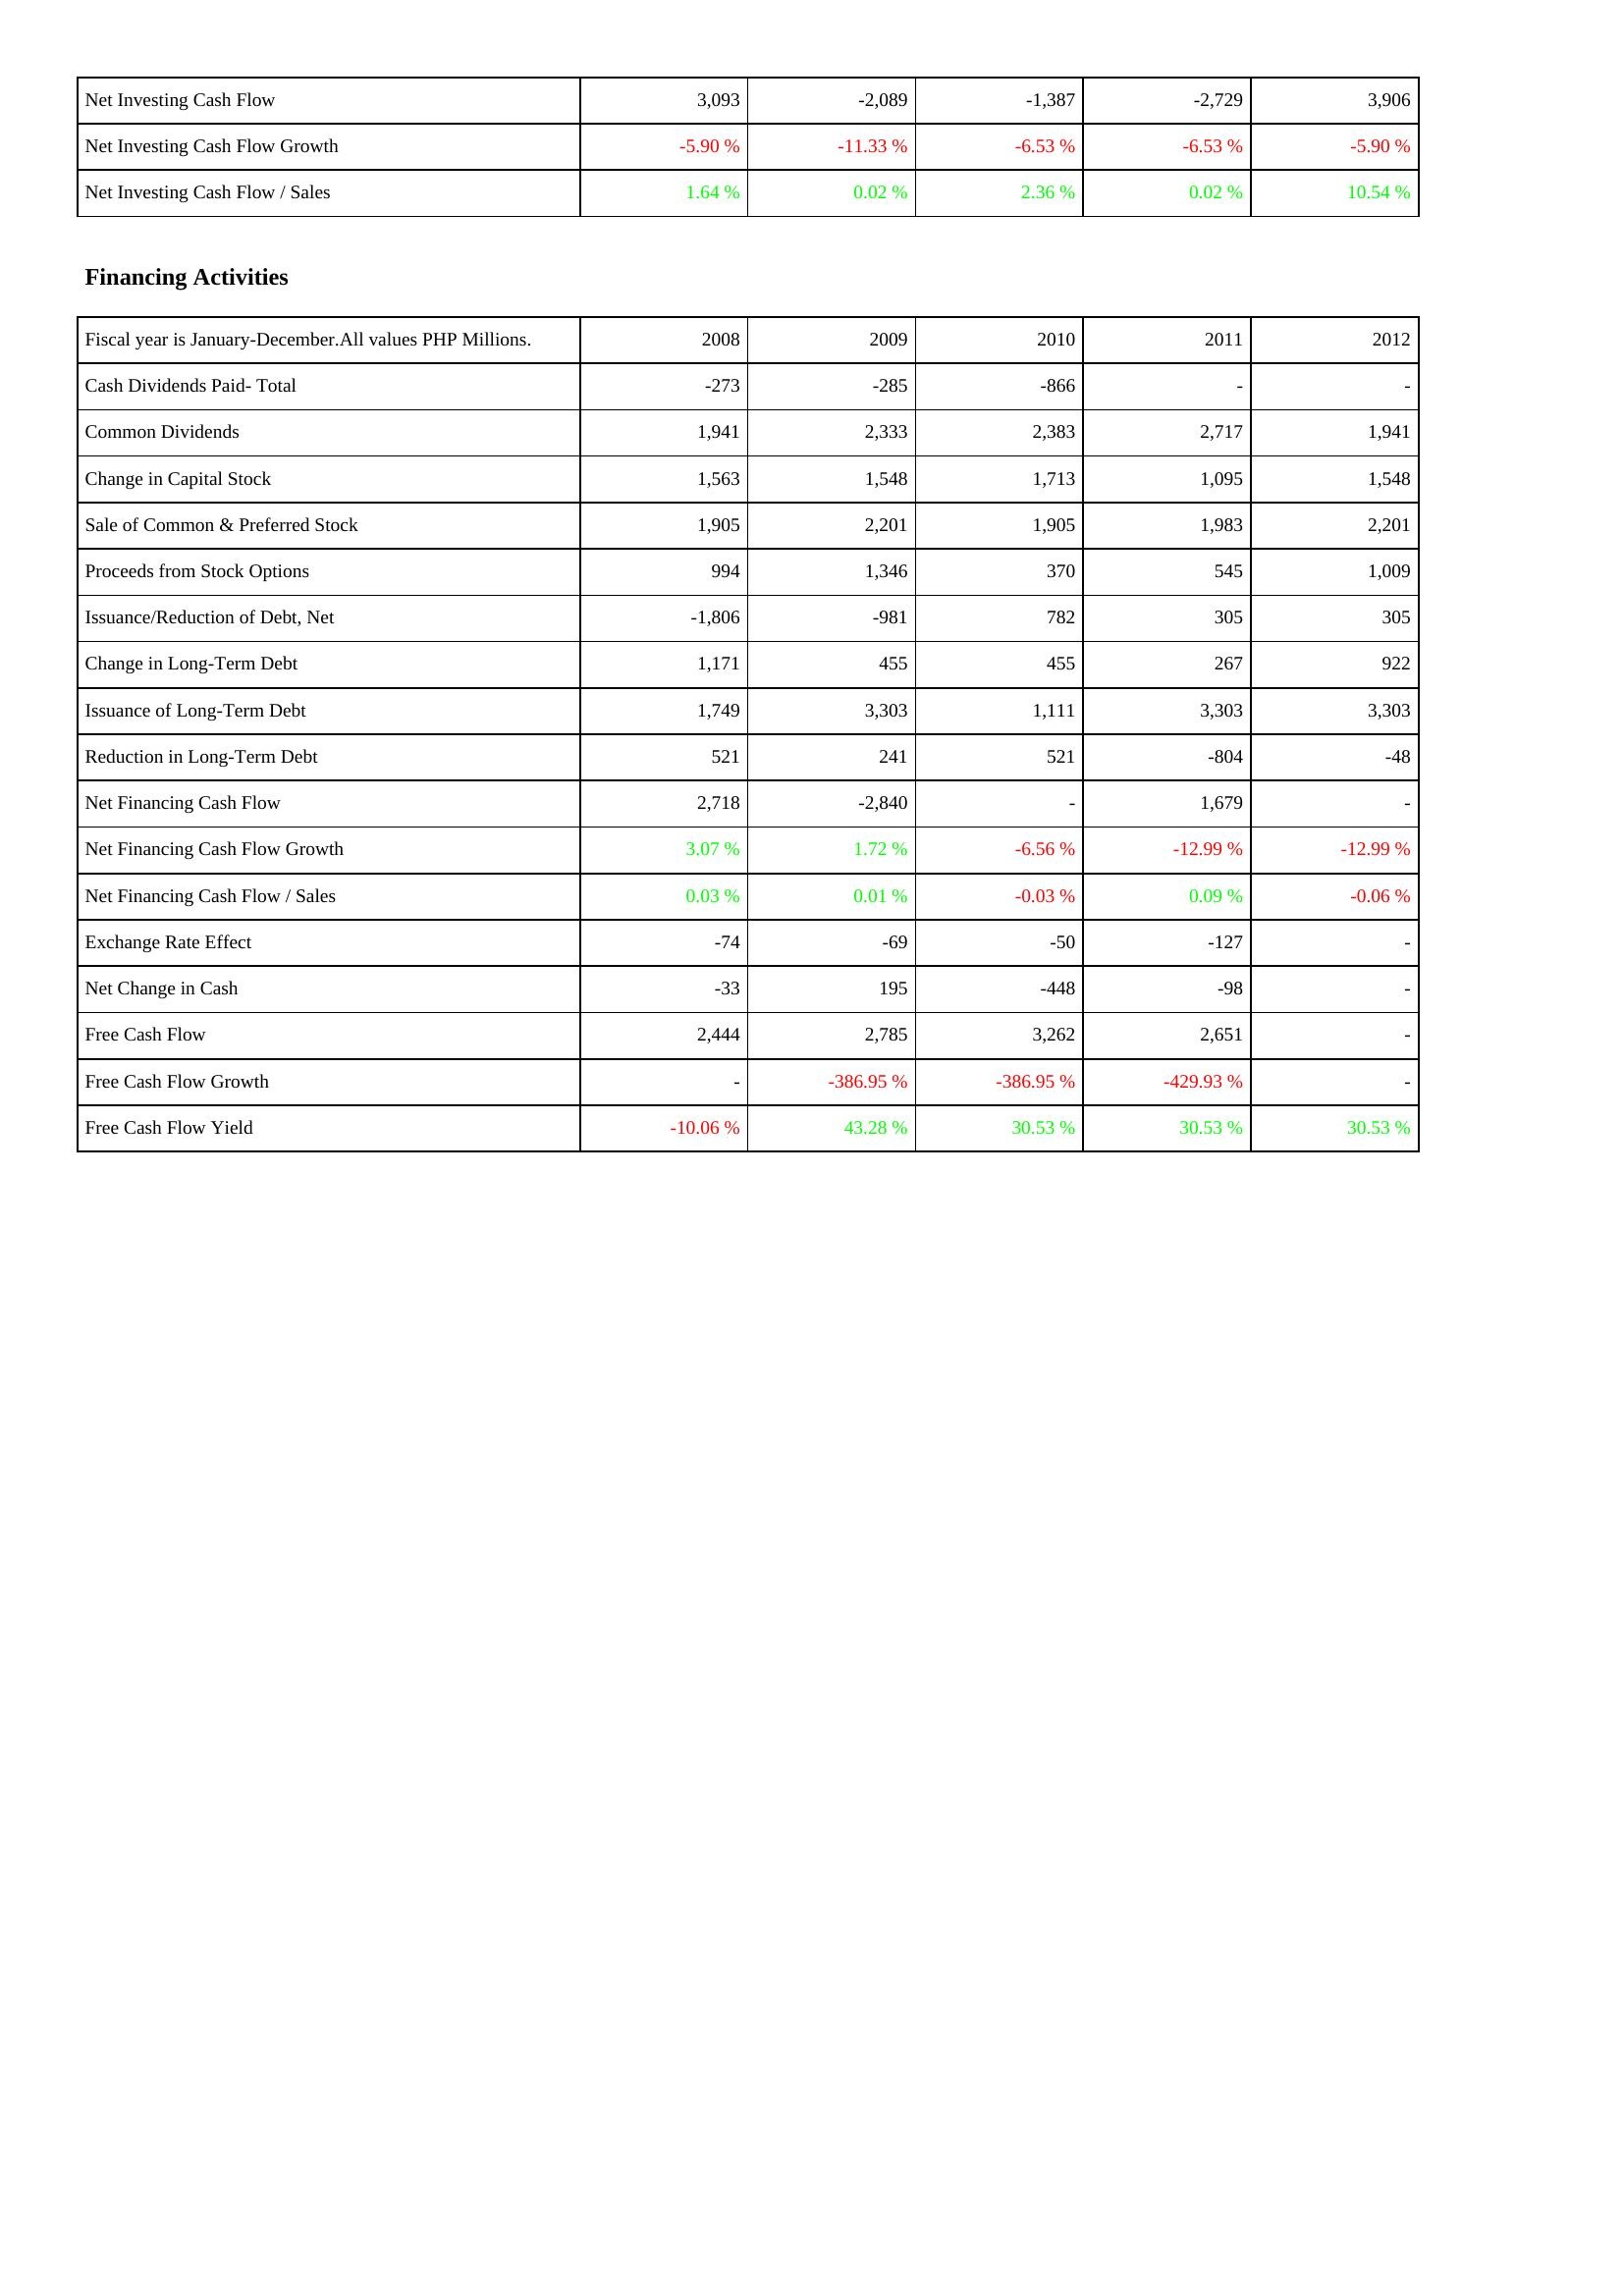
2008: Investing Activities: Net Investing Cash Flow: 3,093
Net Investing Cash Flow Growth: -5.90 %
Net Investing Cash Flow / Sales: 1.64 %
Financing Activities: Cash Dividends Paid- Total: -273
Common Dividends: 1,941
Change in Capital Stock: 1,563
Sale of Common & Preferred Stock: 1,905
Proceeds from Stock Options: 994
Issuance/Reduction of Debt, Net: -1,806
Change in Long-Term Debt: 1,171
Issuance of Long-Term Debt: 1,749
Reduction in Long-Term Debt: 521
Net Financing Cash Flow: 2,718
Net Financing Cash Flow Growth: 3.07 %
Net Financing Cash Flow / Sales: 0.03 %
Exchange Rate Effect: -74
Net Change in Cash: -33
Free Cash Flow: 2,444
Free Cash Flow Growth: -
Free Cash Flow Yield: -10.06 %
2009: Investing Activities: Net Investing Cash Flow: -2,089
Net Investing Cash Flow Growth: -11.33 %
Net Investing Cash Flow / Sales: 0.02 %
Financing Activities: Cash Dividends Paid- Total: -285
Common Dividends: 2,333
Change in Capital Stock: 1,548
Sale of Common & Preferred Stock: 2,201
Proceeds from Stock Options: 1,346
Issuance/Reduction of Debt, Net: -981
Change in Long-Term Debt: 455
Issuance of Long-Term Debt: 3,303
Reduction in Long-Term Debt: 241
Net Financing Cash Flow: -2,840
Net Financing Cash Flow Growth: 1.72 %
Net Financing Cash Flow / Sales: 0.01 %
Exchange Rate Effect: -69
Net Change in Cash: 195
Free Cash Flow: 2,785
Free Cash Flow Growth: -386.95 %
Free Cash Flow Yield: 43.28 %
2010: Investing Activities: Net Investing Cash Flow: -1,387
Net Investing Cash Flow Growth: -6.53 %
Net Investing Cash Flow / Sales: 2.36 %
Financing Activities: Cash Dividends Paid- Total: -866
Common Dividends: 2,383
Change in Capital Stock: 1,713
Sale of Common & Preferred Stock: 1,905
Proceeds from Stock Options: 370
Issuance/Reduction of Debt, Net: 782
Change in Long-Term Debt: 455
Issuance of Long-Term Debt: 1,111
Reduction in Long-Term Debt: 521
Net Financing Cash Flow: -
Net Financing Cash Flow Growth: -6.56 %
Net Financing Cash Flow / Sales: -0.03 %
Exchange Rate Effect: -50
Net Change in Cash: -448
Free Cash Flow: 3,262
Free Cash Flow Growth: -386.95 %
Free Cash Flow Yield: 30.53 %
2011: Investing Activities: Net Investing Cash Flow: -2,729
Net Investing Cash Flow Growth: -6.53 %
Net Investing Cash Flow / Sales: 0.02 %
Financing Activities: Cash Dividends Paid- Total: -
Common Dividends: 2,717
Change in Capital Stock: 1,095
Sale of Common & Preferred Stock: 1,983
Proceeds from Stock Options: 545
Issuance/Reduction of Debt, Net: 305
Change in Long-Term Debt: 267
Issuance of Long-Term Debt: 3,303
Reduction in Long-Term Debt: -804
Net Financing Cash Flow: 1,679
Net Financing Cash Flow Growth: -12.99 %
Net Financing Cash Flow / Sales: 0.09 %
Exchange Rate Effect: -127
Net Change in Cash: -98
Free Cash Flow: 2,651
Free Cash Flow Growth: -429.93 %
Free Cash Flow Yield: 30.53 %
2012: Investing Activities: Net Investing Cash Flow: 3,906
Net Investing Cash Flow Growth: -5.90 %
Net Investing Cash Flow / Sales: 10.54 %
Financing Activities: Cash Dividends Paid- Total: -
Common Dividends: 1,941
Change in Capital Stock: 1,548
Sale of Common & Preferred Stock: 2,201
Proceeds from Stock Options: 1,009
Issuance/Reduction of Debt, Net: 305
Change in Long-Term Debt: 922
Issuance of Long-Term Debt: 3,303
Reduction in Long-Term Debt: -48
Net Financing Cash Flow: -
Net Financing Cash Flow Growth: -12.99 %
Net Financing Cash Flow / Sales: -0.06 %
Exchange Rate Effect: -
Net Change in Cash: -
Free Cash Flow: -
Free Cash Flow Growth: -
Free Cash Flow Yield: 30.53 %